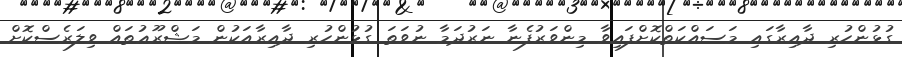
ގުޅުންހުރި ދާއިރާގައި މަސައްކަތްކޮށްފައިވާ މިންވަރުފެނާ ނަރުދަމާ ނުވަތަ ގުޅުންހުރި ދާއިރާއަކުން މަޝްރޫޢުތައް ވިލަރެސްކޮށް